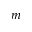
m